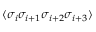
\langle \sigma _ { i } \sigma _ { i + 1 } \sigma _ { i + 2 } \sigma _ { i + 3 } \rangle